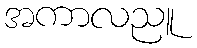
အကာလညူ